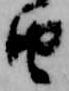
由